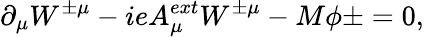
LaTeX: \partial_{\mu}W^{\pm\mu}-ieA_{\mu}^{ext}W^{\pm\mu}-M\phi{\pm}=0,